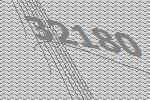
32180